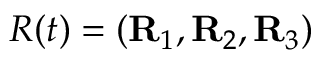
R ( t ) = ( { \bf R } _ { 1 } , { \bf R } _ { 2 } , { \bf R } _ { 3 } )